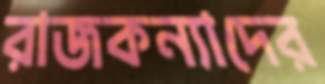
রাজকন্যাদের